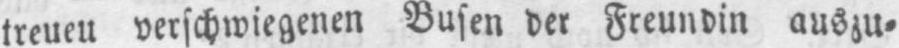
treueu verschwiegenen Busen der Freundin auszu⸗